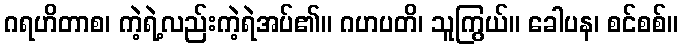
ဂရဟိတာစ၊ ကဲ့ရဲ့လည်းကဲ့ရဲအပ်၏။ ဂဟပတိ၊ သူကြွယ်။ ခေါပန၊ စင်စစ်။